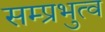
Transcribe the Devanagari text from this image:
सम्प्रभुत्व